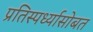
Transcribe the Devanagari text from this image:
प्रतिस्पर्ध्यासोबत